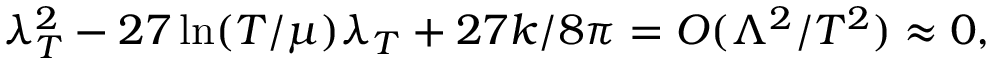
\lambda _ { T } ^ { 2 } - 2 7 \ln ( T / \mu ) \lambda _ { T } + 2 7 k / 8 \pi = O ( \Lambda ^ { 2 } / T ^ { 2 } ) \approx 0 ,